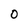
Character: 0